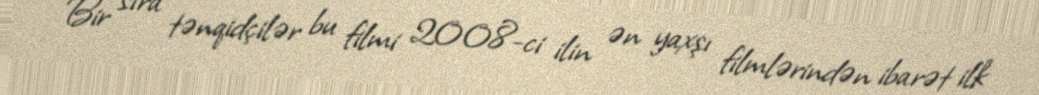
Bir sıra tənqidçilər bu filmi 2008-ci ilin ən yaxşı filmlərindən ibarət ilk